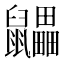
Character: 鼺